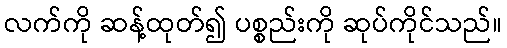
လက်ကို ဆန့်ထုတ်၍ ပစ္စည်းကို ဆုပ်ကိုင်သည်။